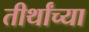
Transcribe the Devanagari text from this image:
तीर्थांच्या